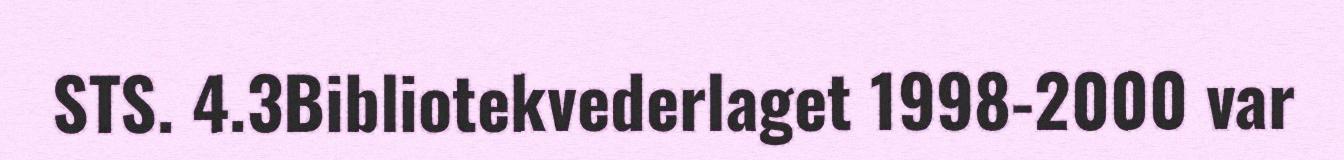
STS. 4.3Bibliotekvederlaget 1998-2000 var